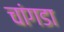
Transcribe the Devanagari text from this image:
चांगडा